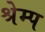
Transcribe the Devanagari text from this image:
श्रेम्प